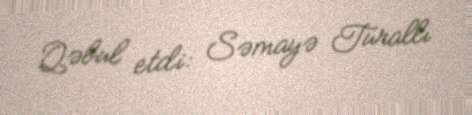
Qəbul etdi: Səmayə Turallı